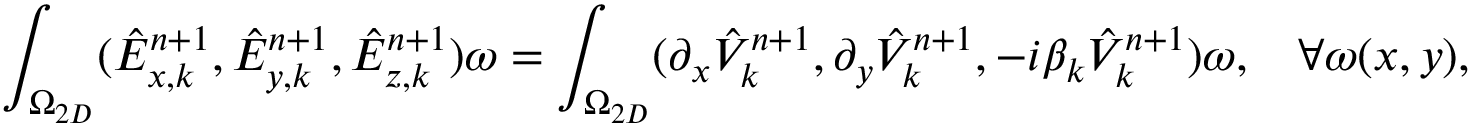
\small \int _ { \Omega _ { 2 D } } ( \hat { E } _ { x , k } ^ { n + 1 } , \hat { E } _ { y , k } ^ { n + 1 } , \hat { E } _ { z , k } ^ { n + 1 } ) \omega = \int _ { \Omega _ { 2 D } } ( \partial _ { x } \hat { V } _ { k } ^ { n + 1 } , \partial _ { y } \hat { V } _ { k } ^ { n + 1 } , - i \beta _ { k } \hat { V } _ { k } ^ { n + 1 } ) \omega , \quad \forall \omega ( x , y ) ,